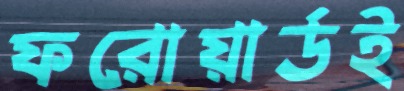
ফরোয়ার্ডই